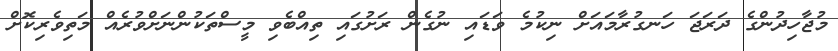
މުޖާހިދުންގެ ދަރަޖަ ހަނގުރާމައަށް ނިކުމެ ވަޑައި ނުގެން ރަށުގައި ތިއްބެވި މީސްތަކުންނަށްވުރެއް މަތިވެރިކޮށް